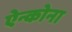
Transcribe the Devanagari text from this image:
ऐन्कोना